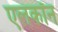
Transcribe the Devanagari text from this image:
एलकॉन